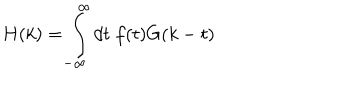
H ( k ) = \int _ { - \infty } ^ { \infty } d t \; f ( t ) G ( k - t )